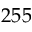
2 5 5